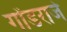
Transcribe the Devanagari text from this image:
गोंडराजे